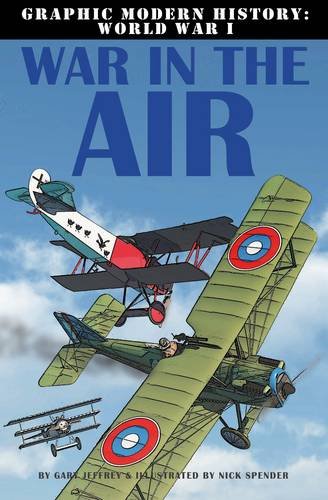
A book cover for War in the Air (Graphic Modern History: World War I (Crabtree)); Gary Jeffrey; Children's Books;